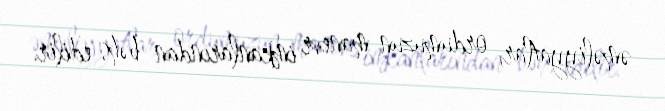
əməliyyatlar, ordumuzun manevr imkanlarından bəhs edilir.